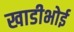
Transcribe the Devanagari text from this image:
खाडीभोई